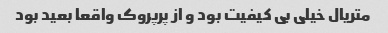
متریال خیلی بی کیفیت بود و از پرپروک واقعا بعید بود